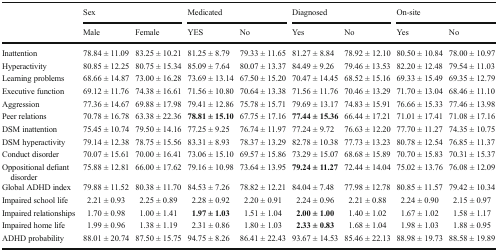
<table><thead><tr><td rowspan="2"></td><td colspan="2"><b>Sex</b></td><td colspan="2"><b>Medicated</b></td><td colspan="2"><b>Diagnosed</b></td><td colspan="2"><b>On-site</b></td></tr><tr><td><b>Male</b></td><td><b>Female</b></td><td><b>YES</b></td><td><b>No</b></td><td><b>Yes</b></td><td><b>No</b></td><td><b>Yes</b></td><td><b>No</b></td></tr></thead><tbody><tr><td>Inattention</td><td>78.84 ± 11.09</td><td>83.25 ± 10.21</td><td>81.25 ± 8.79</td><td>79.33 ± 11.65</td><td>81.27 ± 8.84</td><td>78.92 ± 12.10</td><td>80.50 ± 10.84</td><td>78.00 ± 10.97</td></tr><tr><td>Hyperactivity</td><td>80.85 ± 12.25</td><td>80.75 ± 15.34</td><td>85.09 ± 7.64</td><td>80.07 ± 13.37</td><td>84.49 ± 9.26</td><td>79.46 ± 13.53</td><td>82.20 ± 12.48</td><td>79.54 ± 11.03</td></tr><tr><td>Learning problems</td><td>68.66 ± 14.87</td><td>73.00 ± 16.28</td><td>73.69 ± 13.14</td><td>67.50 ± 15.20</td><td>70.47 ± 14.45</td><td>68.52 ± 15.16</td><td>69.33 ± 15.49</td><td>69.35 ± 12.79</td></tr><tr><td>Executive function</td><td>69.12 ± 11.76</td><td>74.38 ± 16.61</td><td>71.56 ± 10.80</td><td>70.64 ± 13.38</td><td>71.56 ± 11.76</td><td>70.46 ± 13.29</td><td>71.70 ± 13.04</td><td>68.46 ± 11.10</td></tr><tr><td>Aggression</td><td>77.36 ± 14.67</td><td>69.88 ± 17.98</td><td>79.41 ± 12.86</td><td>75.78 ± 15.71</td><td>79.69 ± 13.17</td><td>74.83 ± 15.91</td><td>76.66 ± 15.33</td><td>77.46 ± 13.98</td></tr><tr><td>Peer relations</td><td>70.78 ± 16.78</td><td>63.38 ± 22.36</td><td><b>78.81 ± 15.10</b></td><td>67.75 ± 17.16</td><td><b>77.44 ± 15.36</b></td><td>66.44 ± 17.21</td><td>71.01 ± 17.41</td><td>71.08 ± 17.16</td></tr><tr><td>DSM inattention</td><td>75.45 ± 10.74</td><td>79.50 ± 14.16</td><td>77.25 ± 9.25</td><td>76.74 ± 11.97</td><td>77.24 ± 9.72</td><td>76.63 ± 12.20</td><td>77.70 ± 11.27</td><td>74.35 ± 10.75</td></tr><tr><td>DSM hyperactivity</td><td>79.14 ± 12.38</td><td>78.75 ± 15.56</td><td>83.31 ± 8.93</td><td>78.37 ± 13.29</td><td>82.78 ± 10.38</td><td>77.73 ± 13.23</td><td>80.78 ± 12.54</td><td>76.85 ± 11.37</td></tr><tr><td>Conduct disorder</td><td>70.07 ± 15.61</td><td>70.00 ± 16.41</td><td>73.06 ± 15.10</td><td>69.57 ± 15.86</td><td>73.29 ± 15.07</td><td>68.68 ± 15.89</td><td>70.70 ± 15.83</td><td>70.31 ± 15.37</td></tr><tr><td>Oppositional defiant disorder</td><td>75.88 ± 12.81</td><td>66.00 ± 17.62</td><td>79.16 ± 10.98</td><td>73.64 ± 13.95</td><td><b>79.24 ± 11.27</b></td><td>72.44 ± 14.04</td><td>75.02 ± 13.76</td><td>76.08 ± 12.09</td></tr><tr><td>Global ADHD index</td><td>79.88 ± 11.52</td><td>80.38 ± 11.70</td><td>84.53 ± 7.26</td><td>78.82 ± 12.21</td><td>84.04 ± 7.48</td><td>77.98 ± 12.78</td><td>80.85 ± 11.57</td><td>79.42 ± 10.34</td></tr><tr><td>Impaired school life</td><td>2.21 ± 0.93</td><td>2.25 ± 0.89</td><td>2.28 ± 0.92</td><td>2.20 ± 0.91</td><td>2.24 ± 0.96</td><td>2.21 ± 0.88</td><td>2.24 ± 0.90</td><td>2.15 ± 0.97</td></tr><tr><td>Impaired relationships</td><td>1.70 ± 0.98</td><td>1.00 ± 1.41</td><td><b>1.97 ± 1.03</b></td><td>1.51 ± 1.04</td><td><b>2.00 ± 1.00</b></td><td>1.40 ± 1.02</td><td>1.67 ± 1.02</td><td>1.58 ± 1.17</td></tr><tr><td>Impaired home life</td><td>1.99 ± 0.96</td><td>1.38 ± 1.19</td><td>2.31 ± 0.86</td><td>1.80 ± 1.03</td><td><b>2.33 ± 0.83</b></td><td>1.68 ± 1.04</td><td>1.98 ± 1.03</td><td>1.88 ± 0.95</td></tr><tr><td>ADHD probability</td><td>88.01 ± 20.74</td><td>87.50 ± 15.75</td><td>94.75 ± 8.26</td><td>86.41 ± 22.43</td><td>93.67 ± 14.53</td><td>85.46 ± 22.13</td><td>88.98 ± 19.73</td><td>88.58 ± 19.89</td></tr></tbody></table>